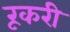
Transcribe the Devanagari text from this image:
रूकरी